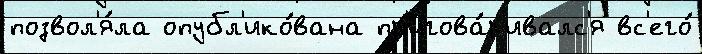
позвол'я́ла опубл'ико́вана пр'игова́р'ивалс'я вс'его́